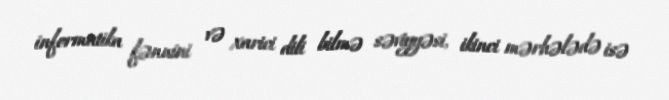
informatika fənnini və xarici dili bilmə səviyyəsi, ikinci mərhələdə isə